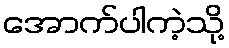
အောက်ပါကဲ့သို့